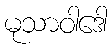
မုသာဝါဒေါ